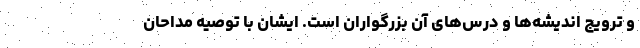
و ترویج اندیشه‌ها و درس‌های آن بزرگواران است. ایشان با توصیه مداحان